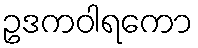
ဥဒကဝါရကော